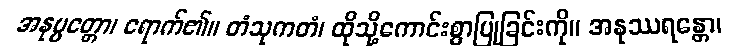
အနုပ္ပတ္တော၊ ရောက်၏။ တံသုကတံ၊ ထိုသို့ကောင်းစွာပြုခြင်းကို။ အနုဿရန္တော၊